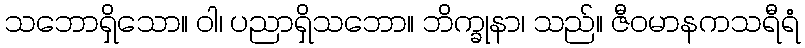
သဘောရှိသော။ ဝါ၊ ပညာရှိသဘော။ ဘိက္ခုနာ၊ သည်။ ဇီဝမာနကသရီရံ